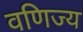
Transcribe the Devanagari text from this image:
वणिज्य